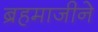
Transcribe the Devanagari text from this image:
ब्रहमाजीने